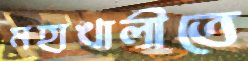
মহাখালীতে